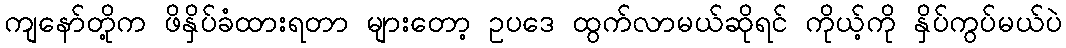
ကျနော်တို့က ဖိနှိပ်ခံထားရတာ များတော့ ဥပဒေ ထွက်လာမယ်ဆိုရင် ကိုယ့်ကို နှိပ်ကွပ်မယ်ပဲ